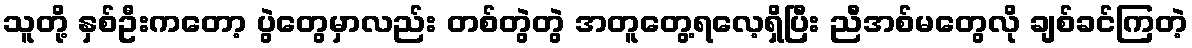
သူတို့ နှစ်ဦးကတော့ ပွဲတွေမှာလည်း တစ်တွဲတွဲ အတူတွေ့ရလေ့ရှိပြီး ညီအစ်မတွေလို ချစ်ခင်ကြတဲ့